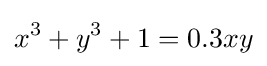
x^{3}+y^{3}+1=0.3xy